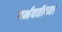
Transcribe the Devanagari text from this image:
गर्भवतीच्या